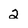
Character: 2